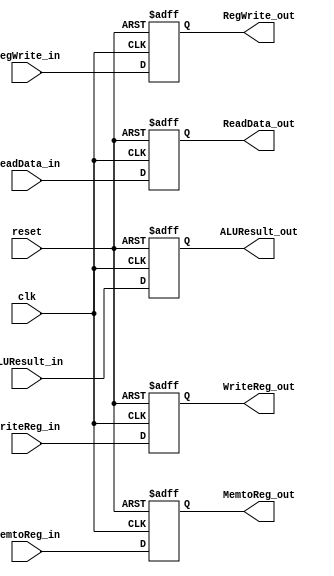
module mem_wb( clk, reset, RegWrite_in, MemtoReg_in, ReadData_in, ALUResult_in, WriteReg_in, RegWrite_out, MemtoReg_out, ReadData_out, ALUResult_out,  WriteReg_out ); 
    input clk;         // Clock signal
    input reset;       // Reset signal
    input RegWrite_in; // Control signal: Write to register
    input MemtoReg_in; // Control signal: Memory to register
    input [31:0] ReadData_in; // Data read from memory
    input [31:0] ALUResult_in; // ALU result
    input [4:0] WriteReg_in; // Destination register address

    output reg RegWrite_out;  // Control signal: Write to register
    output reg MemtoReg_out;  // Control signal: Memory to register
    output reg [31:0] ReadData_out; // Data read from memory
    output reg [31:0] ALUResult_out; // ALU result
    output reg [4:0] WriteReg_out;    // Destination register address


always @(posedge clk or posedge reset) begin
    if (reset) begin
        // Reset all outputs
        RegWrite_out <= 0;
        MemtoReg_out <= 0;
        ReadData_out <= 0;
        ALUResult_out <= 0;
        WriteReg_out <= 0;
    end else begin
        // Pass values from inputs to outputs
        RegWrite_out <= RegWrite_in;
        MemtoReg_out <= MemtoReg_in;
        ReadData_out <= ReadData_in;
        ALUResult_out <= ALUResult_in;
        WriteReg_out <= WriteReg_in;
    end
end






endmodule